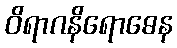
ဝိရာဂနိရောဓေန